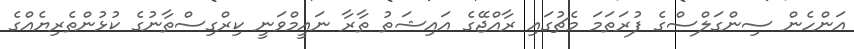
އަންހެން ސިންގަލްސްގެ ފުރަތަމަ މެޗުގައި ރާއްޖޭގެ އައިޝަތު ތާރާ ނައީމްވަނީ ކިރްގިސްތާނުގެ ކުޅުންތެރިޔެއްގެ